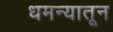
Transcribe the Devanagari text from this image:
धमन्यातून